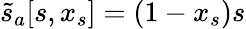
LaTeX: \tilde{s}_{a}[s,x_{s}]=(1-x_{s})s